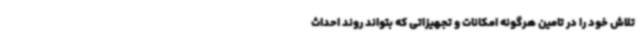
تلاش خود را در تامین هرگونه امکانات و تجهیزاتی که بتواند روند احداث